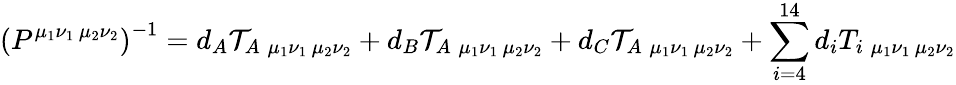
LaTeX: \left(P^{\mu_{1}\nu_{1}\, \mu_{2}\nu_{2}}\right)^{-1}=d_{A}{\cal T}_{A\; {\mu_{1}\nu_{1}\, \mu_{2}\nu_{2}}}+d_{B}{\cal T}_{A\; {\mu_{1}\nu_{1}\, \mu_{2}\nu_{2}}}+d_{C}{\cal T}_{A\; {\mu_{1}\nu_{1}\, \mu_{2}\nu_{2}}}+\sum_{i=4}^{14}d_{i}T_{i\; {\mu_{1}\nu_{1}\, \mu_{2}\nu_{2}}}